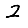
Digit: 2